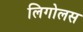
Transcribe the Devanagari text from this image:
लिगोलस